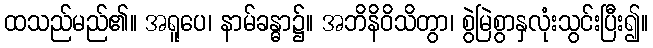
ထသည်မည်၏။ အရူပေ၊ နာမ်ခန္ဓာ၌။ အဘိနိဝိသိတွာ၊ စွဲမြဲစွာနှလုံးသွင်းပြီး၍။